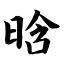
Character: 晗